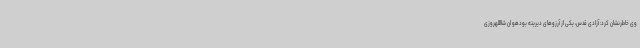
وی خاطرنشان کرد: آزادی قدس، یکی از آرزوهای دیرینه بودهو ان شااللهروزی